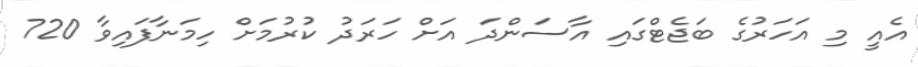
އެއީ މި އަހަރުގެ ބަޖެޓްގައި އާސަންދަ އަށް ހަރަދު ކުރުމަށް ހިމަނާފައިވާ 720